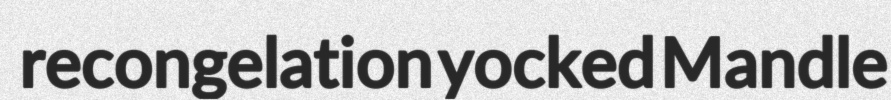
recongelation yocked Mandle